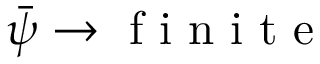
\bar { \psi } \rightarrow \mathrm { ~ f ~ i ~ n ~ i ~ t ~ e ~ }